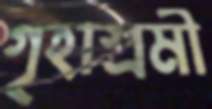
গৃহাশ্রমী